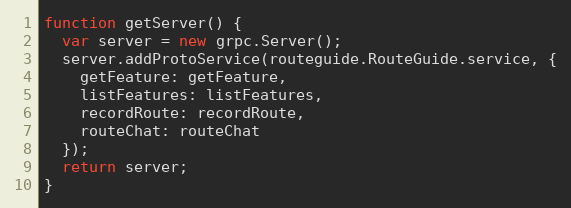
Language: JavaScript
function getServer() {
  var server = new grpc.Server();
  server.addProtoService(routeguide.RouteGuide.service, {
    getFeature: getFeature,
    listFeatures: listFeatures,
    recordRoute: recordRoute,
    routeChat: routeChat
  });
  return server;
}